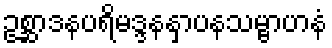
ဥစ္ဆာဒနပရိမဒ္ဒနနှာပနသမ္ဗာဟနံ